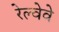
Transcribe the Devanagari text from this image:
रेल्वेवे